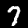
Label: 7